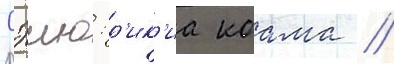
Сэию: р'ик'иа коама //